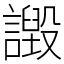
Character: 譭